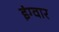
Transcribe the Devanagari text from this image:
इंग्वार